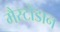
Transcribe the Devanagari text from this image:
मैस्टोडान